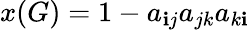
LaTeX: x(G)=1-a_{\mathbf{i}j}a_{jk}a_{k\mathbf{i}}